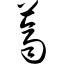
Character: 荠